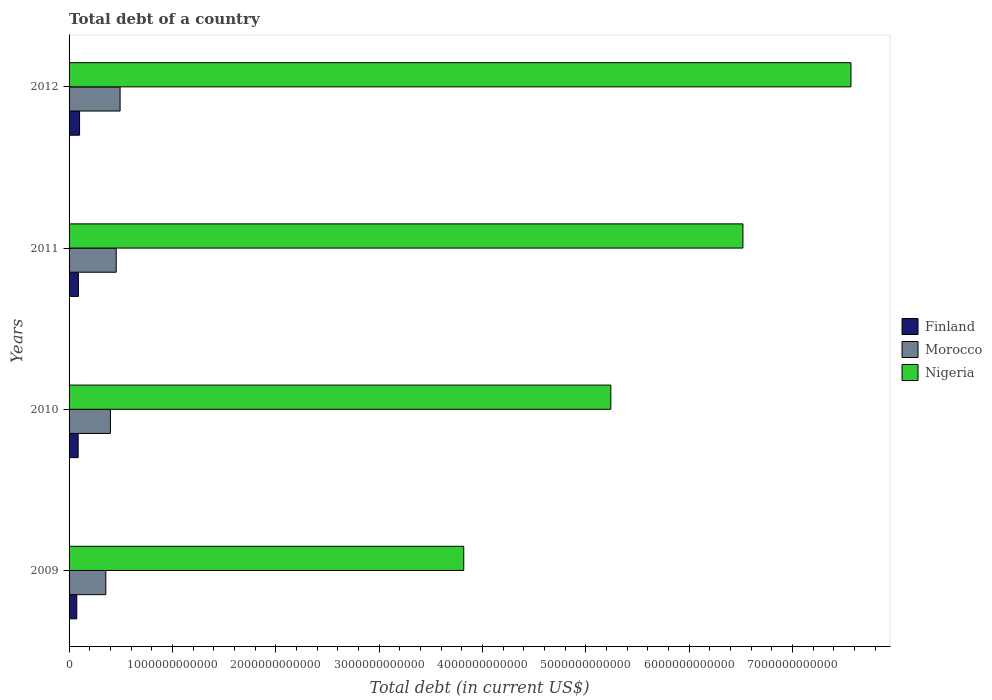
| Years | Finland | Morocco | Nigeria |
 | --- | --- | --- | --- |
 | 2009 | 7.47e+10 | 3.56e+11 | 3.82e+12 |
 | 2010 | 8.79e+10 | 4e+11 | 5.24e+12 |
 | 2011 | 9.05e+10 | 4.56e+11 | 6.52e+12 |
 | 2012 | 1.02e+11 | 4.94e+11 | 7.56e+12 |